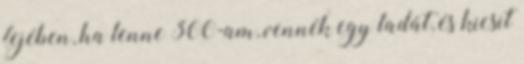
fejében, ha lenne 300-am, vennék egy ladát, és kicsit